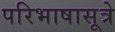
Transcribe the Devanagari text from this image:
परिभाषासूत्रे